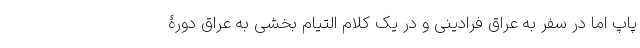
پاپ اما در سفر به عراق فرادینی و در یک کلام التیام بخشی به عراق دورۀ